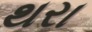
થરા